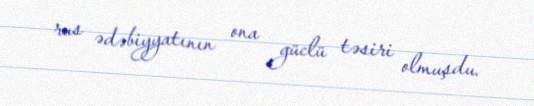
rus ədəbiyyatının ona güclü təsiri olmuşdu.